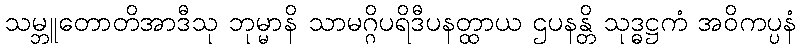
သမ္ဘူတောတိအာဒီသု ဘုမ္မာနိ သာမဂ္ဂိပရိဒီပနတ္ထာယ ဌပနန္တိ သုဒ္ဓဋ္ဌကံ အဝိကပ္ပနံ